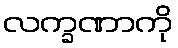
လက္ခဏာကို